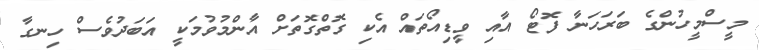
މީސްމީހުންގެ ބަރަހަނާ ފޮޓޯ އާއި ވީޑިއޯތައް އެކި ގޮތްގޮތަށް އާންމުވުމަކީ އަބަދުވެސް ހިނގާ